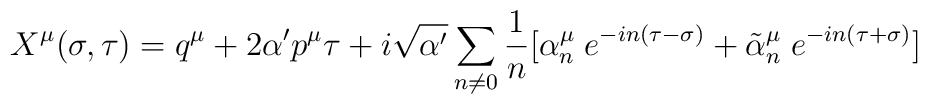
X^{\mu}(\sigma,\tau)=q^{\mu}+2\alpha'p^{\mu}\tau    +i\sqrt{\alpha'}\sum_{n\neq    0}\frac{1}{n}[\alpha^{\mu}_{n}\;e^{-in(\tau-\sigma)}    +\tilde{\alpha}^{\mu}_{n}\;e^{-in(\tau+\sigma)}]